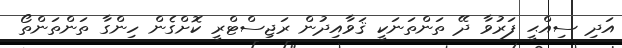
އަދި ސިއްޙީ ފަރުވާ ދޭ ތަންތަނަކީ ޤަވާއިދުން ރަޖިސްޓްރީ ކޮށްގެން ހިންގާ ތަންތަންތޯ